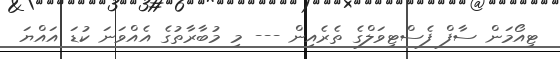
ޓިއޯމަން ސާފް ފެސްޓިވަލްގެ ތެރެއިން --- މި މުބާރާތުގެ އެއްވަނަ ކުޑަ އައްޔަ